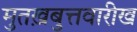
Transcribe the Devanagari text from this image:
मुतख़बुत्तवारीख